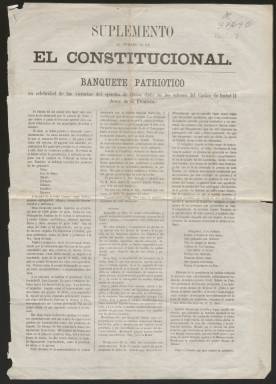
Título: El Constitucional (Jerez de la Frontera)
Colección: Periódicos
Ámbito geográfico: Cádiz
Lugar de publicación: Jerez de la Frontera (Cádiz)
Fechas: 01/01/1860-31/12/1860